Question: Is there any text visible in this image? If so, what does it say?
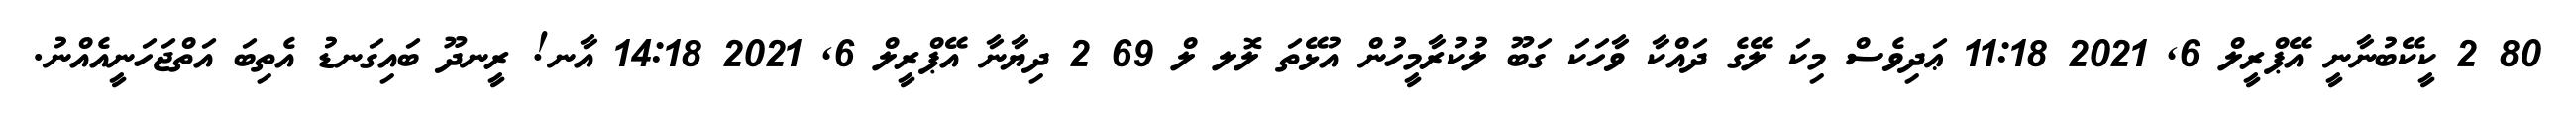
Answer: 80 2 ކީކޭބުނާނީ އޭޕްރީލް 6, 2021 11:18 ޢަދިވެސް މިކަ ލޭގެ ދައްކާ ވާހަކަ ގަބޫ ލުކުރާމީހުން އުޅޭތަ ލޮލ ލް 69 2 ދިޔާނާ އޭޕްރީލް 6, 2021 14:18 އާނ! ރީނދޫ ބައިގަނޑު އެތިބަ އަތްޖަހަނީއެއްނު.